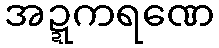
အဍ္ဍကရဏေ